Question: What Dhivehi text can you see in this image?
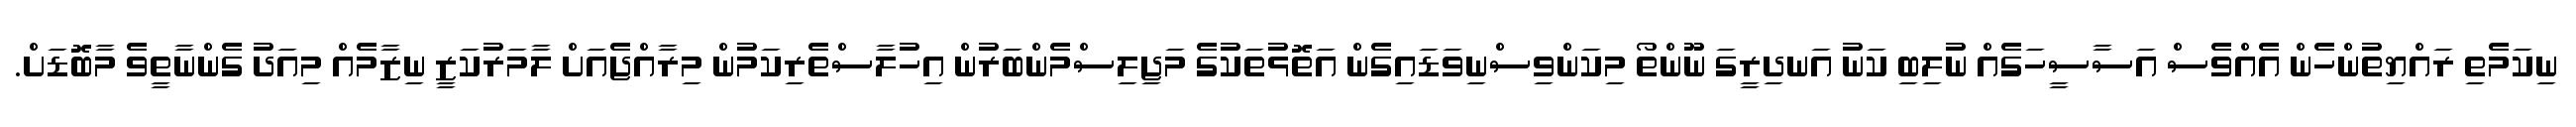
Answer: ނިކަމެތި ރައްޔިތުންހެން އެއްވެސް އަސާސީހަގެއް ނުލިބި ކަނު އަނދިރީގަ ނޫންތޯ މިކަންވިސްނިވަޑައިގެން އަތޮޅުތަކުގެ މަޖިލިސްމެންބަރުން އިހުލާސްތެރިކަމުން މިރާއްޖެއަށް ލާމަރުކަޒީ ނިޒާމެއް މިއަދު ގެންނާތީވެ މާބޮޑަށް.